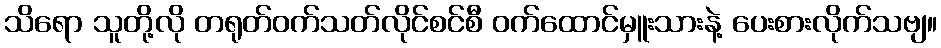
သိရော သူတို့လို တရုတ်ဝက်သတ်လိုင်စင်စီ ဝက်ထောင်မှူးသားနဲ့ ပေးစားလိုက်သဗျ။